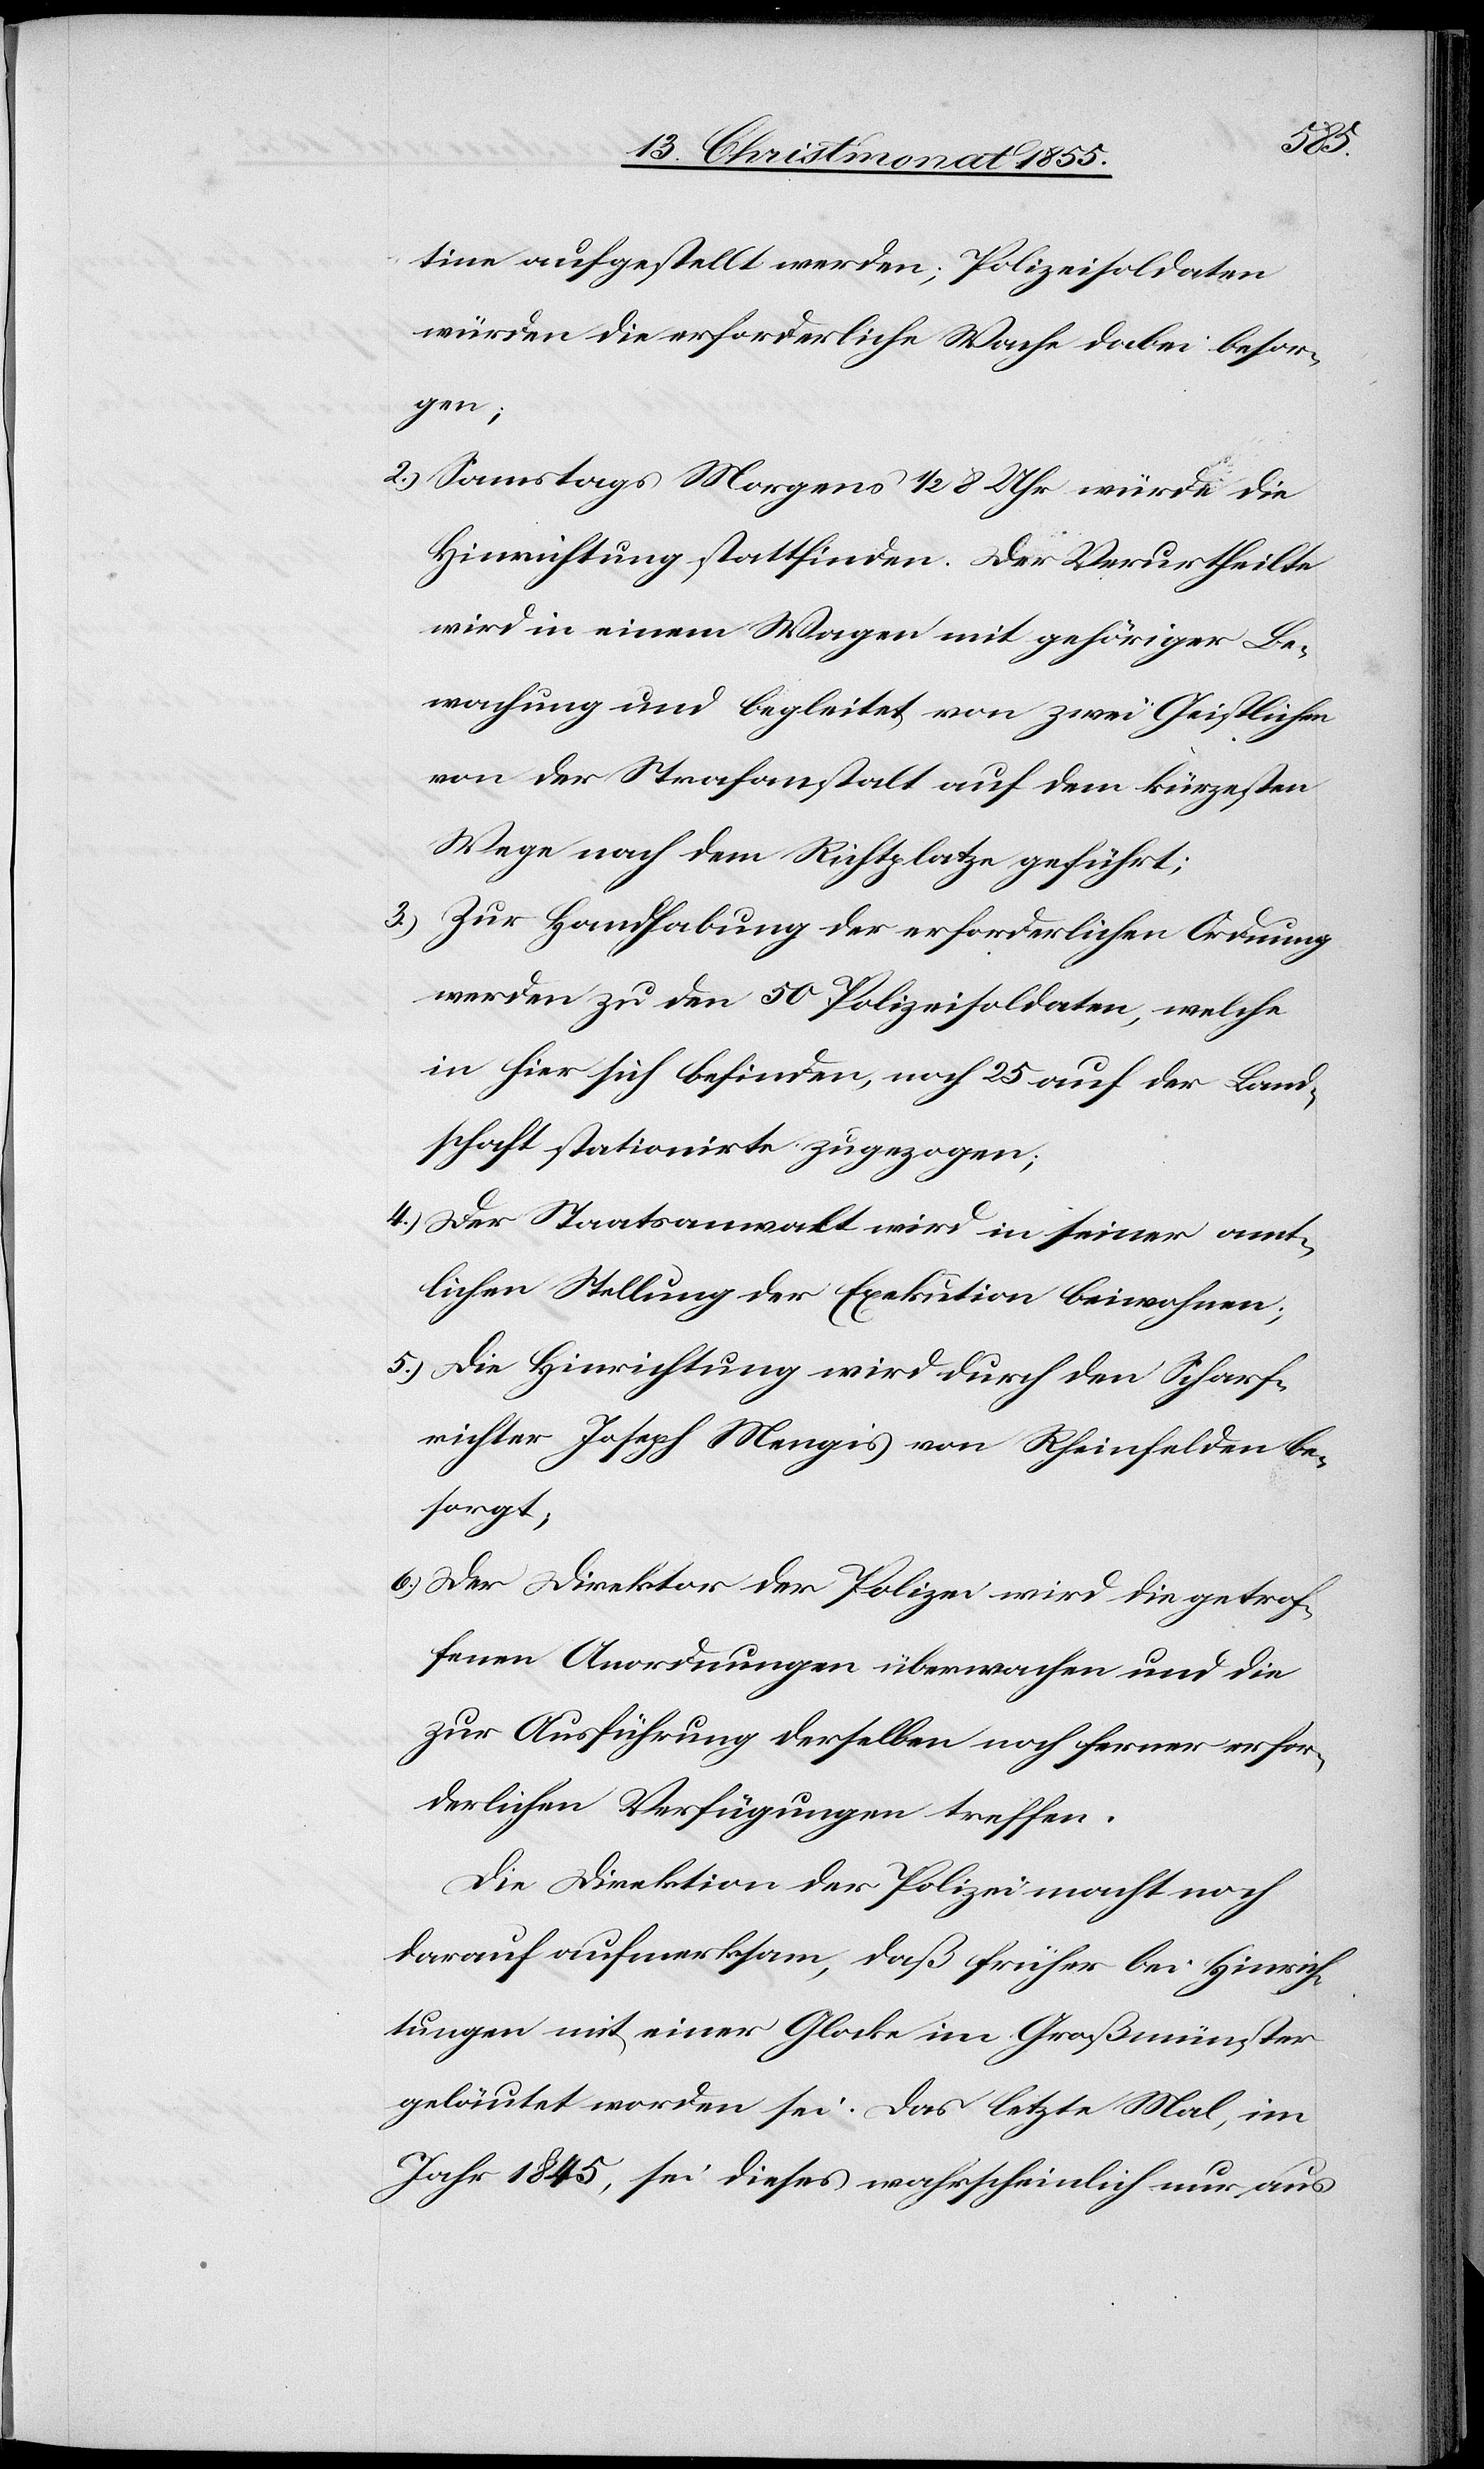
5.)
tine aufgestellt werden; Polizeisoldaten
würden die erforderliche Wache dabei besor¬
gen;
Samstags Morgens 1/2 8 Uhr würde die
Hinrichtung stattfinden. Der Verurtheilte
wird in einem Wagen mit gehöriger Be¬
wachung und begleitet von zwei Geistlichen
von der Strafanstalt auf dem kürzesten
Wege nach dem Richtplatze geführt;
Zur Handhabung der erforderlichen Ordnung
werden zu den 50 Polizeisoldaten, welche
in hier sich befinden, noch 25 auf der Land¬
schaft stationirte zugezogen;
Der Staatsanwalt wird in seiner amt¬
lichen Stellung der Exekution beiwohnen;
Die Hinrichtung wird durch den Scharf¬
richter Joseph Mengis von Rheinfelden be¬
sorgt;
Der Direktor der Polizei wird die getrof¬
fenen Anordnungen überwachen und die
zur Ausführung derselben noch ferner erfor¬
derlichen Verfügungen treffen.
Die Direktion der Polizei macht noch
darauf aufmerksam, daß früher bei Hinrich¬
tungen mit einer Glocke im Großmünster
geläutet worden sei. Das letzte Mal, im
Jahr 1845, sei dieses wahrscheinlich nur aus